Vaccination in Bombay 1869-1873 - 1869-1873
Year: 1869
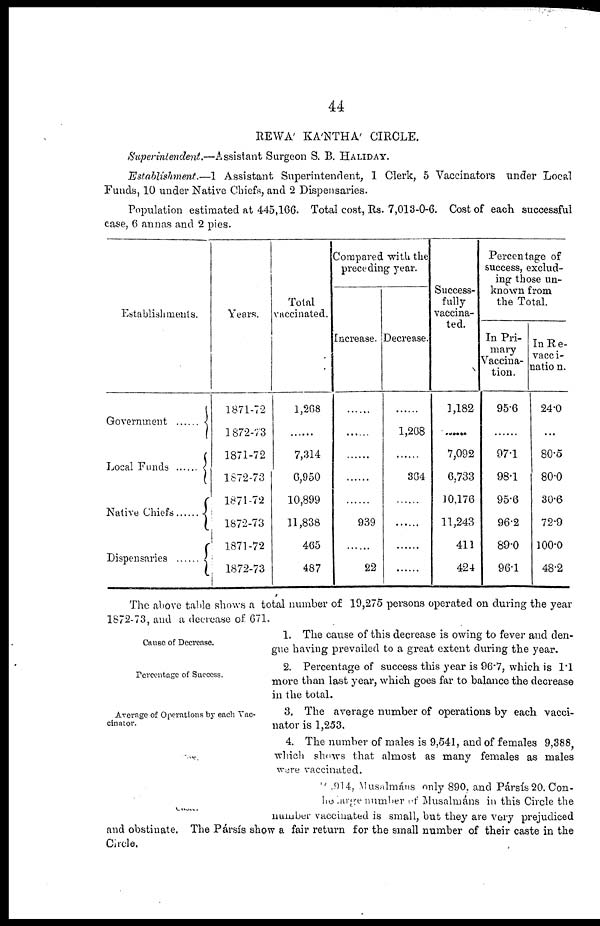
44
REWA' KA'NTHA' CIRCLE.
Superintendent.—Assistant Surgeon S. B. HALIDAY.
Establishment.—1 Assistant Superintendent, 1 Clerk, 5 Vaccinators under Local
Funds, 10 under Native Chiefs, and 2 Dispensaries.
Population estimated at 445,166. Total cost, Rs. 7,013-0-6. Cost of each successful
case, 6 annas and 2 pies.
Establishments.
Government ......
Local Funds ......
Native Chiefs
Dispensaries
Years.
1871-72
1872-7 3
1871-72
1872-73
1871-72
1872-73
1871-72
1872-73
Total
vaccinated.
1,208
......
7,314
6,950
10,899
11,838
465
487
Compared with the
preceding year.
Increase.
......
......
......
......
......
939
......
22
Decrease.
......
1,268
......
364
......
......
......
......
Success-
fully
vaccina-
ted.
1,182
......
7,092
6,733
10,176
11,243
411
424
Percentage of
success, exclud-
ing those un-
known from
the Total.
In Pri-
mary
Vaccina-
tion.
95.6
......
97.1
98.1
95.6
96.2
89.0
96.1
In Re-
vacci-
nation.
24.0
...
80.5
80.0
30.6
72.9
100.0
48.2
The above table shows a total number of 19,275 persons operated on during the year
1872-73, and a decrease of 671.
Cause of Decrease.
1. The cause of this decrease is owing to fever and den-
gue having prevailed to a great extent during the year.
Perecntage of Success.
2. Percentage of success this year is 96.7, which is 1.1
more than last year, which goes far to balance the decrease
in the total.
Average of Operations by each Vac-
cinator.
3. The average number of operations by each vacci-
nator is 1,253.
Sex.
4. The number of males is 9,541, and of females 9,388,
which shows that almost as many females as males
were vaccinated.
Caste.
914, Musalmáns only 890, and Pársís 20. Con¬
be large number of Musalmáns in this Circle the
number vaccinated is small, but they are very prejudiced
and obstinate. The Pársís show a fair return for the small number of their caste in the
Circle.